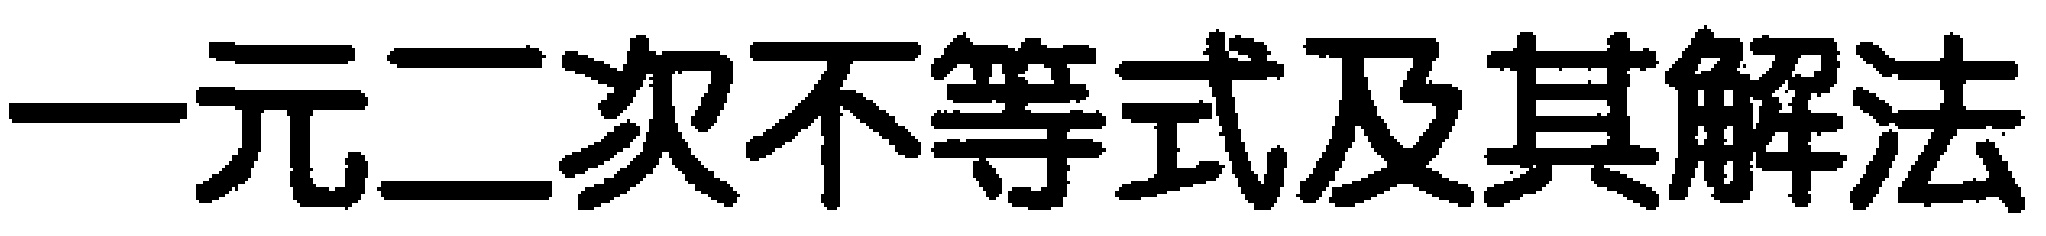
一元二次不等式及其解法